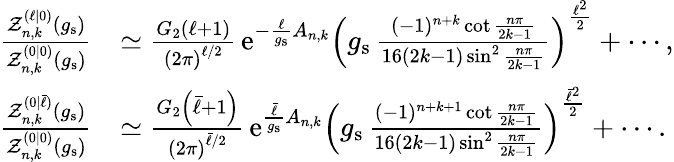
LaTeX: \begin{array}{rl}{\frac{\mathcal{Z}_{n,k}^{(\ell|0)}(g_{\mathrm{s}})}{\mathcal{Z}_{n,k}^{(0|0)}(g_{\mathrm{s}})}}&{\simeq\frac{G_{2}\left(\ell+1\right)}{\left(2\pi\right)^{\ell/2}}\, {\mathrm{e}}^{-\frac{\ell}{g_{\mathrm{s}}}A_{n,k}}\left(g_{\mathrm{s}}\, \frac{(-1)^{n+k}\cot\frac{n\pi}{2k-1}}{16\left(2k-1\right)\sin^{2}\frac{n\pi}{2k-1}}\right)^{\frac{\ell^{2}}{2}}+\cdots,}\\ {\frac{\mathcal{Z}_{n,k}^{(0|\bar{\ell})}(g_{\mathrm{s}})}{\mathcal{Z}_{n,k}^{(0|0)}(g_{\mathrm{s}})}}&{\simeq\frac{G_{2}\left(\bar{\ell}+1\right)}{\left(2\pi\right)^{\bar{\ell}/2}}\, {\mathrm{e}}^{\frac{\bar{\ell}}{g_{\mathrm{s}}}A_{n,k}}\left(g_{\mathrm{s}}\, \frac{(-1)^{n+k+1}\cot\frac{n\pi}{2k-1}}{16\left(2k-1\right)\sin^{2}\frac{n\pi}{2k-1}}\right)^{\frac{\bar{\ell}^{2}}{2}}+\cdots.}\end{array}